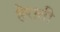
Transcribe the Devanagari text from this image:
हेराती